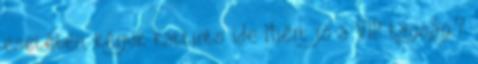
esetében, kérjük kattints ide Miért jó a VIP tagság?